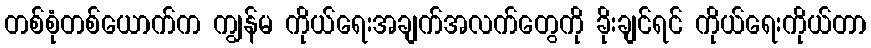
တစ်စုံတစ်ယောက်က ကျွန်မ ကိုယ်ရေးအချက်အလက်တွေကို ခိုးချင်ရင် ကိုယ်ရေးကိုယ်တာ